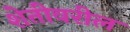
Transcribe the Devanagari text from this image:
शेतीवरील